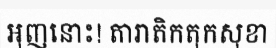
អុញនោះ! តារាតិកតុកសុខា